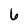
Character: 6